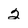
Character: 2